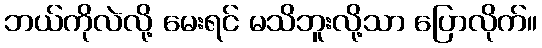
ဘယ်ကိုလဲလို့ မေးရင် မသိဘူးလို့သာ ပြောလိုက်။